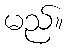
မည်။